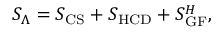
S _ { \Lambda } = S _ { \mathrm { C S } } + S _ { \mathrm { H C D } } + S _ { \mathrm { G F } } ^ { H } ,